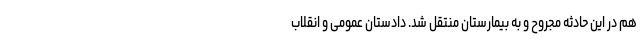
هم در این حادثه مجروح و به بیمارستان منتقل شد. دادستان عمومی و انقلاب